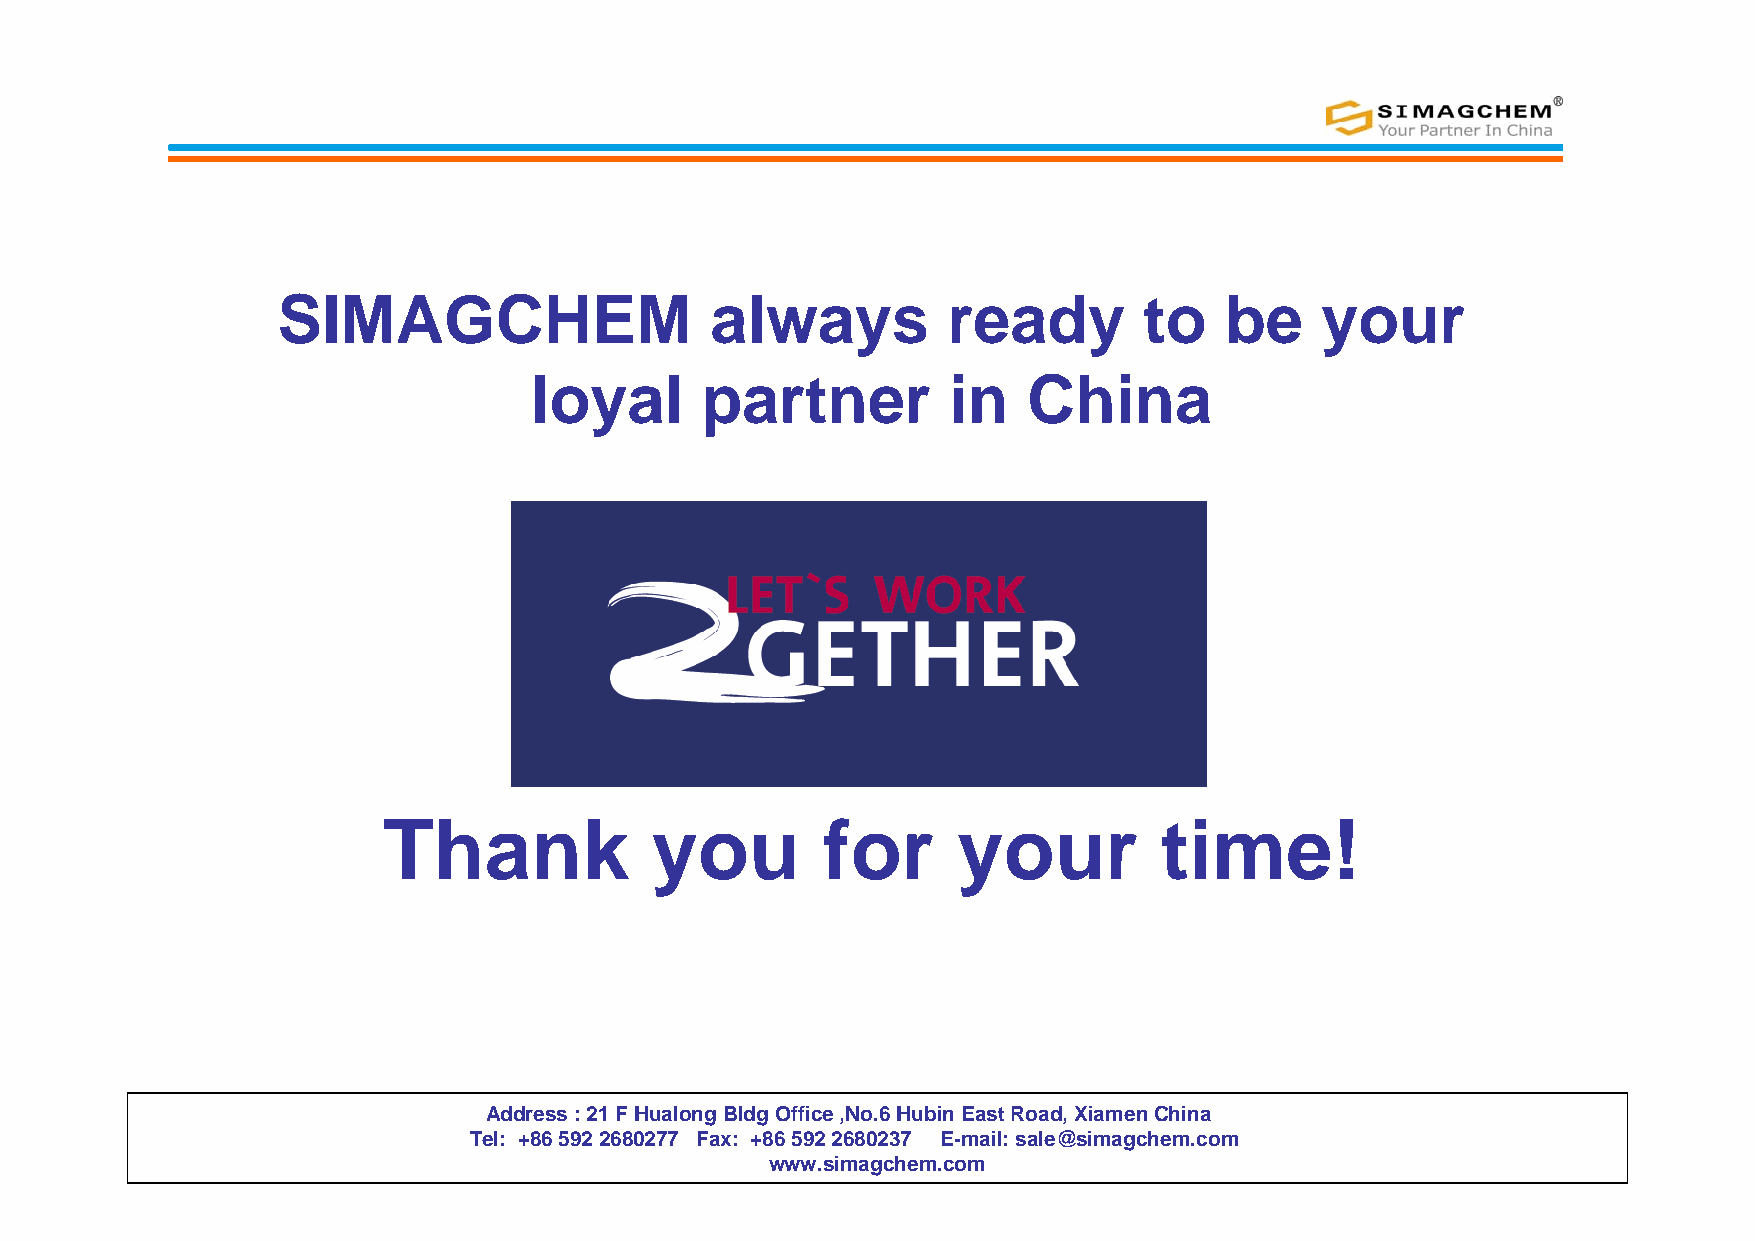
SIMAGCHEM                    always          ready        to   be    your
 loyal      partner          in   China
 Thank             you        for      your          time!
 Address : 21 F HualongBldg Office ,No.6 HubinEast Road, Xiamen China
 Tel: +86 592 2680277 Fax: +86 592 2680237 E-mail: sale@simagchem.com
 www.simagchem.com